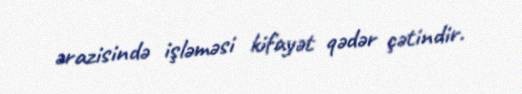
ərazisində işləməsi kifayət qədər çətindir.